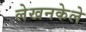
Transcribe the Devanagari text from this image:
लेखनकेले